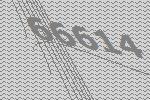
66614